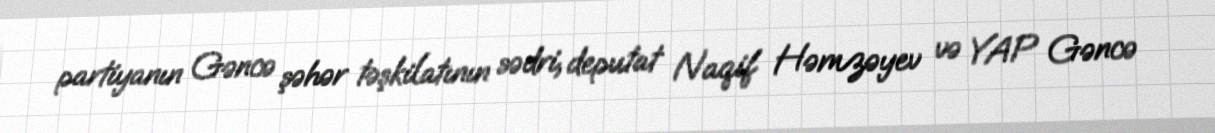
partiyanın Gəncə şəhər təşkilatının sədri, deputat Naqif Həmzəyev və YAP Gəncə